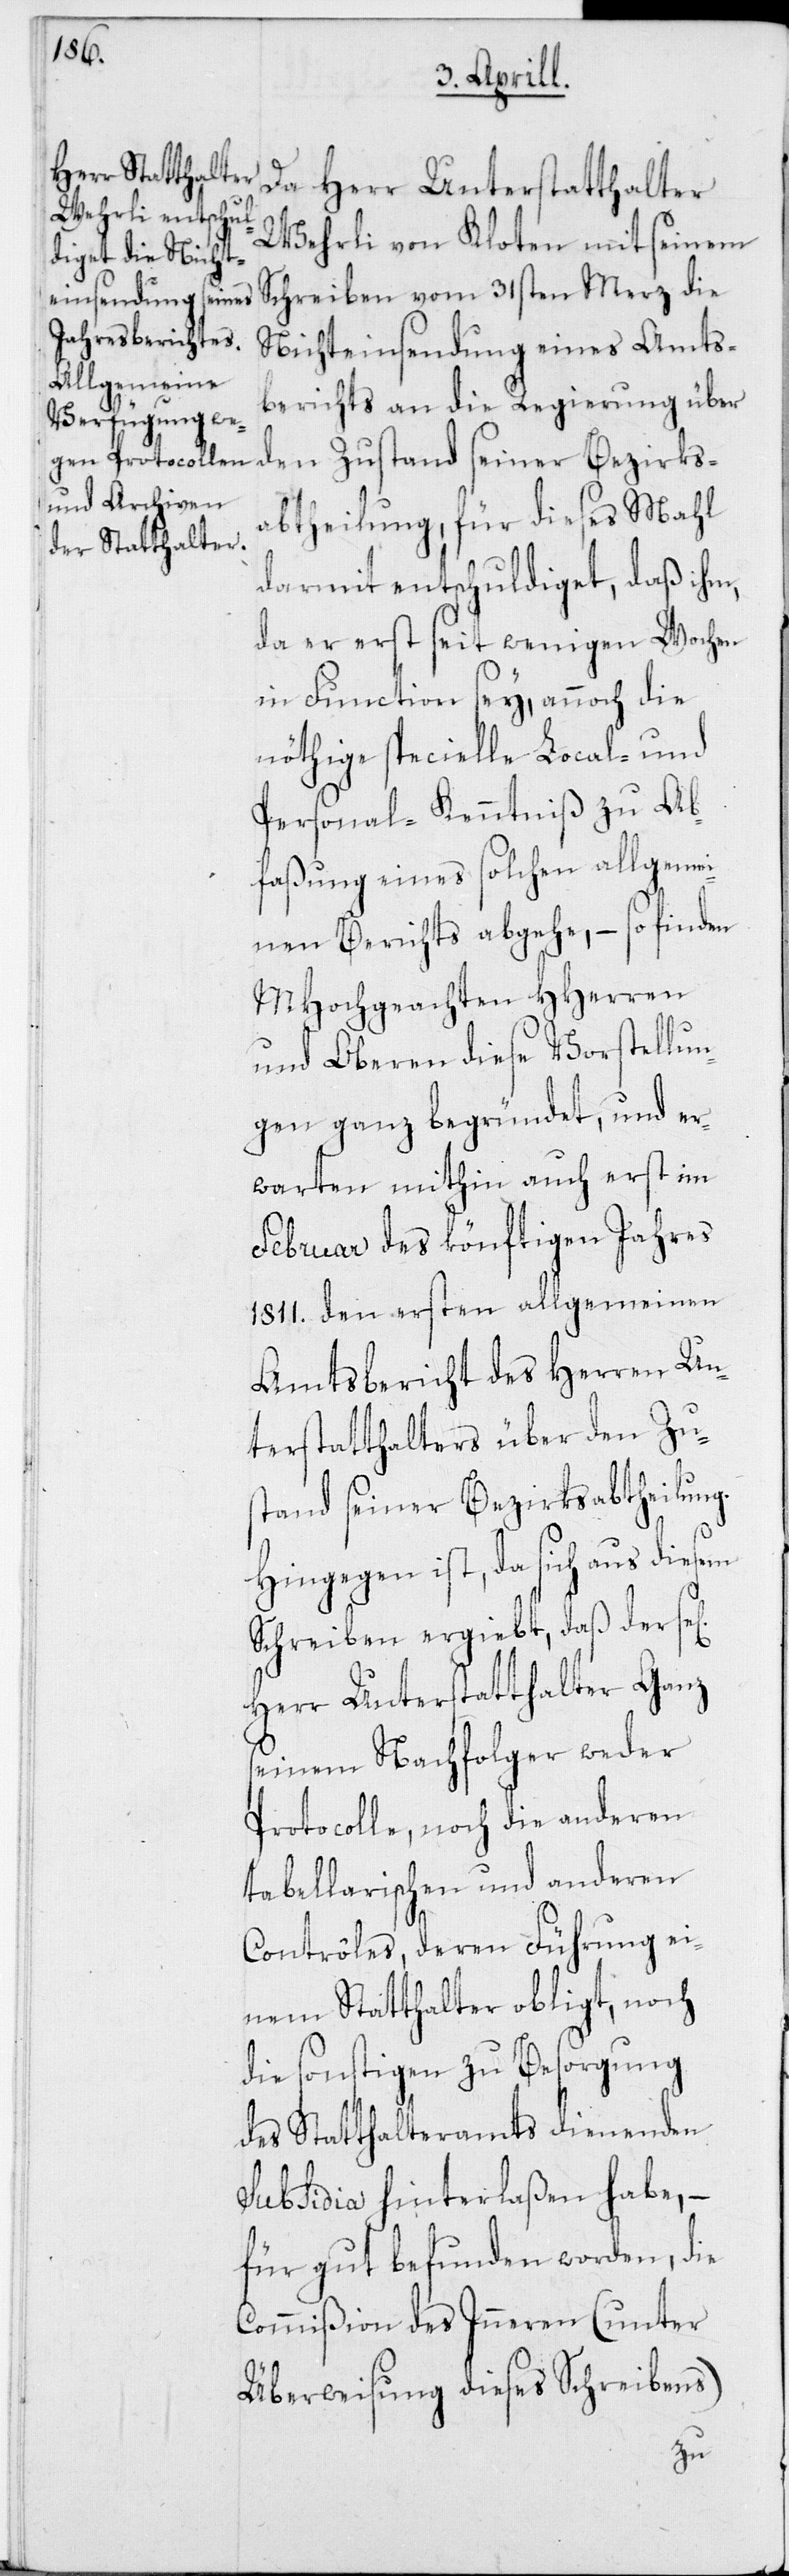
Da Herr Unterstatthalter
Wehrli von Kloten mit seinem
Schreiben vom 31sten Merz die
Nichteinsendung eines Amts¬
berichts an die Regierung über
den Zustand seiner Bezirks¬
abtheilung, für dieses Mahl
darmit entschuldiget, daß ihm,
da er erst seit wenigen Wochen
in Function sey, annoch die
nöthige specielle Local- und
Personal-Kenntniß zu Ab¬
faßung eines solchen allgemei¬
nen Berichts abgehe, – so finden
MHochgeachten HHerren
und Oberen diese Vorstellun¬
gen ganz begründet, und er¬
warten mithin auch erst im
Februar des könftigen Jahres
1811. den ersten allgemeinen
Amtsbericht des Herren Un¬
terstatthalters über den Zu¬
stand seiner Bezirksabtheilung.
Hingegen ist, da sich aus diesem
Schreiben ergiebt, daß der
Herr Unterstatthalter Ganz
seinem Nachfolger weder
Protocolle, noch die anderen
tabellarischen und anderen
Contrôles, deren Führung ei¬
nem Statthalter obligt, noch
die sonstigen zu Besorgung
des Statthalteramts dienenden
Subsidia hinterlaßen habe, –
für gut befunden worden, die
Commißion des Inneren (unter
Überweisung dieses Schreibens)